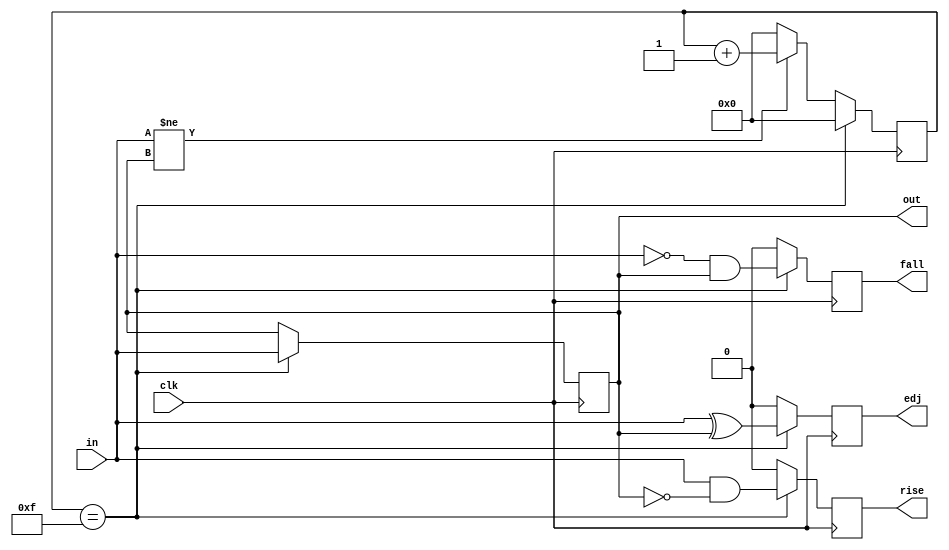
module debounce
#(
    parameter MAX_COUNT = 16
)
(
    input wire clk,
    input wire in,    // Synchronous and noisy input.
    output reg out,   // Debounced and filtered output.
    output reg edj,   // Goes high for 1 clock cycle on either edge of output. Note: used "edj" because "edge" is a keyword.
    output reg rise,  // Goes high for 1 clock cycle on the rising edge of output.
    output reg fall   // Goes high for 1 clock cycle on the falling edge of output.
);

    localparam COUNTER_BITS = $clog2(MAX_COUNT);

    reg [COUNTER_BITS - 1 : 0] counter;
    wire w_edj;
    wire w_rise;
    wire w_fall;

    initial
    begin
        counter = 0;
        out = 0;
    end

    always @(posedge clk)
    begin
        counter <= 0;  // Freeze counter by default to reduce switching losses when input and output are equal.
        edj <= 0;
        rise <= 0;
        fall <= 0;
        if (counter == MAX_COUNT - 1'b1)  // If successfully debounced, notify what happened.
        begin
            out <= in;
            edj <= w_edj;    // Goes high for 1 clock cycle on either edge.
            rise <= w_rise;  // Goes high for 1 clock cycle on the rising edge.
            fall <= w_fall;  // Goes high for 1 clock cycle on the falling edge.
        end
        else if (in != out)  // Hysteresis.
        begin
            counter <= counter + 1'b1;  // Only increment when input and output differ.
        end
    end

    // Edge detect.
    assign w_edj = in ^ out;
    assign w_rise = in & ~out;
    assign w_fall = ~in & out;

endmodule